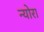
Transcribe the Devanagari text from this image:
न्योरा